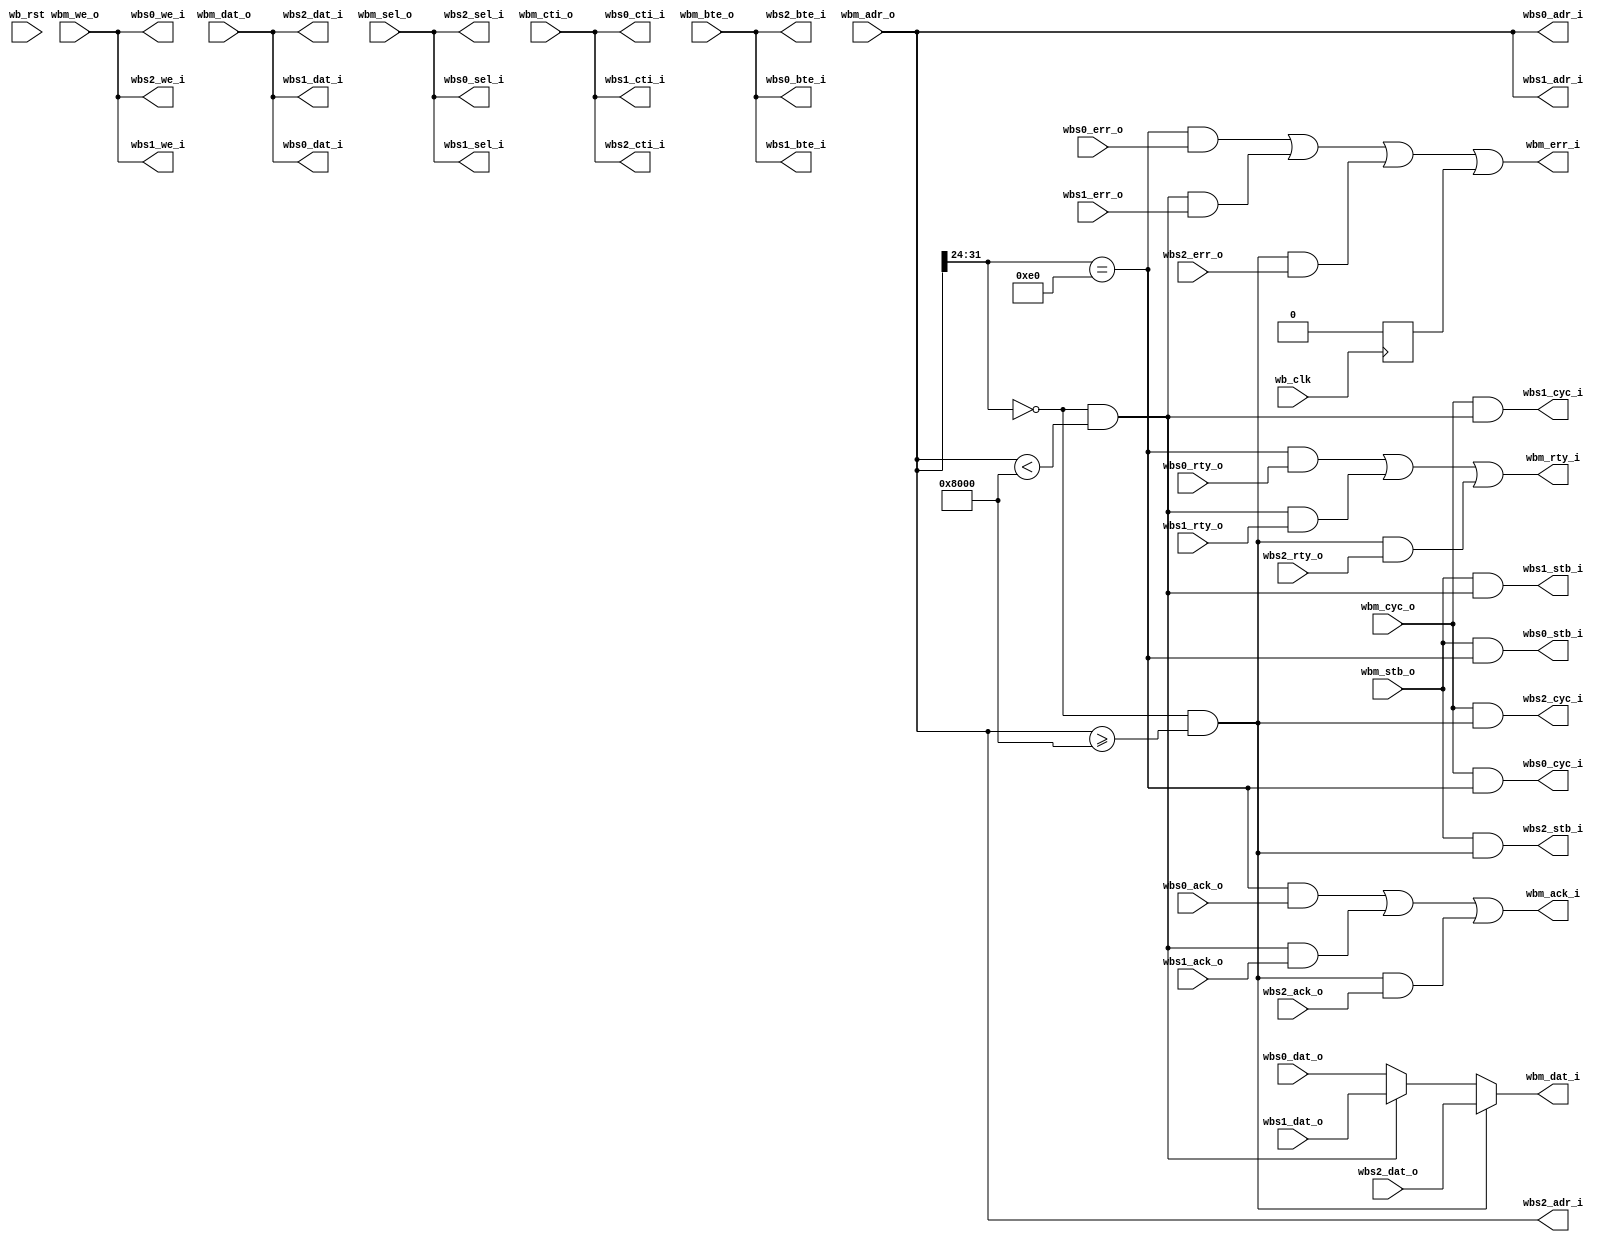
module arbiter_ibus
  (
   // instruction bus in
   // Wishbone Master interface
   wbm_adr_o,
   wbm_dat_o,
   wbm_sel_o,
   wbm_we_o,
   wbm_cyc_o,
   wbm_stb_o,
   wbm_cti_o,
   wbm_bte_o,
  
   wbm_dat_i,
   wbm_ack_i,
   wbm_err_i,
   wbm_rty_i,


   // Slave one
   // Wishbone Slave interface
   wbs0_adr_i,
   wbs0_dat_i,
   wbs0_sel_i,
   wbs0_we_i,
   wbs0_cyc_i,
   wbs0_stb_i,
   wbs0_cti_i,
   wbs0_bte_i,
  
   wbs0_dat_o,
   wbs0_ack_o,
   wbs0_err_o,
   wbs0_rty_o,

   // Slave two
   // Wishbone Slave interface
   wbs1_adr_i,
   wbs1_dat_i,
   wbs1_sel_i,
   wbs1_we_i,
   wbs1_cyc_i,
   wbs1_stb_i,
   wbs1_cti_i,
   wbs1_bte_i,
  
   wbs1_dat_o,
   wbs1_ack_o,
   wbs1_err_o,
   wbs1_rty_o,


   // Slave three
   // Wishbone Slave interface
   wbs2_adr_i,
   wbs2_dat_i,
   wbs2_sel_i,
   wbs2_we_i,
   wbs2_cyc_i,
   wbs2_stb_i,
   wbs2_cti_i,
   wbs2_bte_i,
  
   wbs2_dat_o,
   wbs2_ack_o,
   wbs2_err_o,
   wbs2_rty_o,
   
   
   wb_clk,
   wb_rst
   );


   parameter wb_dat_width = 32;
   parameter wb_adr_width = 32;

   parameter wb_addr_match_width = 8;

   parameter slave0_adr = 8'he0; // FLASH ROM
   parameter slave1_adr = 8'h00; // Main memory (SDRAM/FPGA SRAM)
   parameter slave2_adr = 8'hf0; // External flash

   // Hack to allow address 0 to extend from an SRAM to a larger slower
   // memory
   parameter internal_sram_mem_span = 32'h0000_8000;

`define WB_ARB_ADDR_MATCH_SEL wb_adr_width-1:wb_adr_width-wb_addr_match_width
   
   input wb_clk;
   input wb_rst;

   
   // WB Master
   input [wb_adr_width-1:0] wbm_adr_o;
   input [wb_dat_width-1:0] wbm_dat_o;
   input [3:0] 		    wbm_sel_o;   
   input 		    wbm_we_o;
   input 		    wbm_cyc_o;
   input 		    wbm_stb_o;
   input [2:0] 		    wbm_cti_o;
   input [1:0] 		    wbm_bte_o;
   output [wb_dat_width-1:0] wbm_dat_i;   
   output 		     wbm_ack_i;
   output 		     wbm_err_i;
   output 		     wbm_rty_i;   

   // WB Slave 0
   output [wb_adr_width-1:0] wbs0_adr_i;
   output [wb_dat_width-1:0] wbs0_dat_i;
   output [3:0] 	     wbs0_sel_i;
   output 		     wbs0_we_i;
   output 		     wbs0_cyc_i;
   output 		     wbs0_stb_i;
   output [2:0] 	     wbs0_cti_i;
   output [1:0] 	     wbs0_bte_i;
   input [wb_dat_width-1:0]  wbs0_dat_o;   
   input 		     wbs0_ack_o;
   input 		     wbs0_err_o;
   input 		     wbs0_rty_o;   

   // WB Slave 1
   output [wb_adr_width-1:0] wbs1_adr_i;
   output [wb_dat_width-1:0] wbs1_dat_i;
   output [3:0] 	     wbs1_sel_i;
   output 		     wbs1_we_i;
   output 		     wbs1_cyc_i;
   output 		     wbs1_stb_i;
   output [2:0] 	     wbs1_cti_i;
   output [1:0] 	     wbs1_bte_i;
   input [wb_dat_width-1:0]  wbs1_dat_o;   
   input 		     wbs1_ack_o;
   input 		     wbs1_err_o;
   input 		     wbs1_rty_o;   


   // WB Slave 2
   output [wb_adr_width-1:0] wbs2_adr_i;
   output [wb_dat_width-1:0] wbs2_dat_i;
   output [3:0] 	     wbs2_sel_i;
   output 		     wbs2_we_i;
   output 		     wbs2_cyc_i;
   output 		     wbs2_stb_i;
   output [2:0] 	     wbs2_cti_i;
   output [1:0] 	     wbs2_bte_i;
   input [wb_dat_width-1:0]  wbs2_dat_o;   
   input 		     wbs2_ack_o;
   input 		     wbs2_err_o;
   input 		     wbs2_rty_o;   

   
   wire [2:0] 		     slave_sel; // One bit per slave

   reg 			     watchdog_err;
   
`ifdef ARBITER_IBUS_WATCHDOG
   reg [`ARBITER_IBUS_WATCHDOG_TIMER_WIDTH:0]  watchdog_timer;
   reg 			     wbm_stb_r; // Register strobe
   wire 		     wbm_stb_edge; // Detect its edge
   reg 			     wbm_stb_edge_r, wbm_ack_i_r; // Reg these, better timing

   always @(posedge wb_clk)
     wbm_stb_r <= wbm_stb_o;

   assign wbm_stb_edge = (wbm_stb_o & !wbm_stb_r);

   always @(posedge wb_clk)
     wbm_stb_edge_r <= wbm_stb_edge;
   
   always @(posedge wb_clk)
     wbm_ack_i_r <= wbm_ack_i;
   
   
   // Counter logic
   always @(posedge wb_clk)
     if (wb_rst) watchdog_timer <= 0;
     else if (wbm_ack_i_r) // When we see an ack, turn off timer
       watchdog_timer <= 0;
     else if (wbm_stb_edge_r) // New access means start timer again
       watchdog_timer <= 1;
     else if (|watchdog_timer) // Continue counting if counter > 0
       watchdog_timer <= watchdog_timer + 1;

   always @(posedge wb_clk) 
     watchdog_err <= (&watchdog_timer);
   
`else // !`ifdef ARBITER_IBUS_WATCHDOG
   
   always @(posedge wb_clk) 
     watchdog_err <= 0;

`endif // !`ifdef ARBITER_IBUS_WATCHDOG
   
   

`ifdef ARBITER_IBUS_REGISTERING
   
   // Master input registers
   reg [wb_adr_width-1:0]    wbm_adr_o_r;
   reg [wb_dat_width-1:0]    wbm_dat_o_r;
   reg [3:0] 		     wbm_sel_o_r;   
   reg 			     wbm_we_o_r;
   reg 			     wbm_cyc_o_r;
   reg 			     wbm_stb_o_r;
   reg [2:0] 		     wbm_cti_o_r;
   reg [1:0] 		     wbm_bte_o_r;
   // Slave output registers
   reg [wb_dat_width-1:0]    wbs0_dat_o_r;   
   reg 			     wbs0_ack_o_r;
   reg 			     wbs0_err_o_r;
   reg 			     wbs0_rty_o_r;
   reg [wb_dat_width-1:0]    wbs1_dat_o_r;   
   reg 			     wbs1_ack_o_r;
   reg 			     wbs1_err_o_r;
   reg 			     wbs1_rty_o_r;
   reg [wb_dat_width-1:0]    wbs2_dat_o_r;   
   reg 			     wbs2_ack_o_r;
   reg 			     wbs2_err_o_r;
   reg 			     wbs2_rty_o_r;

   wire 		     wbm_ack_i_pre_reg;

   
   
   // Register master input signals
   always @(posedge wb_clk)
     begin
	wbm_adr_o_r <= wbm_adr_o;
	wbm_dat_o_r <= wbm_dat_o;
	wbm_sel_o_r <= wbm_sel_o;
	wbm_we_o_r <= wbm_we_o;
	wbm_cyc_o_r <= wbm_cyc_o;
	wbm_stb_o_r <= wbm_stb_o & !wbm_ack_i_pre_reg & !wbm_ack_i;//classic
	wbm_cti_o_r <= wbm_cti_o;
	wbm_bte_o_r <= wbm_bte_o;

	// Slave signals
	wbs0_dat_o_r <= wbs0_dat_o;
	wbs0_ack_o_r <= wbs0_ack_o;
	wbs0_err_o_r <= wbs0_err_o;
	wbs0_rty_o_r <= wbs0_rty_o;
	wbs1_dat_o_r <= wbs1_dat_o;
	wbs1_ack_o_r <= wbs1_ack_o;
	wbs1_err_o_r <= wbs1_err_o;
	wbs1_rty_o_r <= wbs1_rty_o;   
	wbs2_dat_o_r <= wbs2_dat_o;
	wbs2_ack_o_r <= wbs2_ack_o;
	wbs2_err_o_r <= wbs2_err_o;
	wbs2_rty_o_r <= wbs2_rty_o;   
	
     end // always @ (posedge wb_clk)

   // Slave select
   assign slave_sel[0] = wbm_adr_o_r[`WB_ARB_ADDR_MATCH_SEL] ==
			 slave0_adr;

   assign slave_sel[1] = wbm_adr_o_r[`WB_ARB_ADDR_MATCH_SEL] ==
			 slave1_adr && (wbm_adr_o_r<internal_sram_mem_span);

   assign slave_sel[2] = wbm_adr_o_r[`WB_ARB_ADDR_MATCH_SEL] ==
			 slave1_adr && (wbm_adr_o_r>=internal_sram_mem_span);

   // Slave out assigns
   assign wbs0_adr_i = wbm_adr_o_r;
   assign wbs0_dat_i = wbm_dat_o_r;
   assign wbs0_we_i = wbm_dat_o_r;
   assign wbs0_sel_i = wbm_sel_o_r;
   assign wbs0_cti_i = wbm_cti_o_r;
   assign wbs0_bte_i = wbm_bte_o_r;
   assign wbs0_cyc_i = wbm_cyc_o_r & slave_sel[0];
   assign wbs0_stb_i = wbm_stb_o_r & slave_sel[0];

   assign wbs1_adr_i = wbm_adr_o_r;
   assign wbs1_dat_i = wbm_dat_o_r;
   assign wbs1_we_i = wbm_dat_o_r;
   assign wbs1_sel_i = wbm_sel_o_r;
   assign wbs1_cti_i = wbm_cti_o_r;
   assign wbs1_bte_i = wbm_bte_o_r;
   assign wbs1_cyc_i = wbm_cyc_o_r & slave_sel[1];
   assign wbs1_stb_i = wbm_stb_o_r & slave_sel[1];

   assign wbs2_adr_i = wbm_adr_o_r;
   assign wbs2_dat_i = wbm_dat_o_r;
   assign wbs2_we_i = wbm_dat_o_r;
   assign wbs2_sel_i = wbm_sel_o_r;
   assign wbs2_cti_i = wbm_cti_o_r;
   assign wbs2_bte_i = wbm_bte_o_r;
   assign wbs2_cyc_i = wbm_cyc_o_r & slave_sel[1];
   assign wbs2_stb_i = wbm_stb_o_r & slave_sel[1];

   
   // Master out assigns
   // Don't care about none selected...
   assign wbm_dat_i = slave_sel[2] ? wbs2_dat_o_r :
		      slave_sel[1] ? wbs1_dat_o_r :
		      wbs0_dat_o_r ;
   
   assign wbm_ack_i = (slave_sel[0] & wbs0_ack_o_r) |
		      (slave_sel[1] & wbs1_ack_o_r) |
		      (slave_sel[2] & wbs2_ack_o_r);
   
   assign wbm_err_i = (slave_sel[0] & wbs0_err_o_r) |
		      (slave_sel[1] & wbs1_err_o_r) |
		      (slave_sel[2] & wbs2_err_o_r) |
		      watchdog_err;
   
   assign wbm_rty_i = (slave_sel[0] & wbs0_rty_o_r) |
		      (slave_sel[1] & wbs1_rty_o_r) |
		      (slave_sel[2] & wbs2_rty_o_r);

   // Non-registered ack
   assign wbm_ack_i_pre_reg = (slave_sel[0] & wbs0_ack_o) |
			      (slave_sel[1] & wbs1_ack_o) |
			      (slave_sel[2] & wbs2_ack_o);
   
`else // !`ifdef ARBITER_IBUS_REGISTERING

   // Slave select
   assign slave_sel[0] = wbm_adr_o[`WB_ARB_ADDR_MATCH_SEL] ==
			 slave0_adr;

   assign slave_sel[1] = wbm_adr_o[`WB_ARB_ADDR_MATCH_SEL] ==
			 slave1_adr && (wbm_adr_o<internal_sram_mem_span);

   assign slave_sel[2] = wbm_adr_o[`WB_ARB_ADDR_MATCH_SEL] ==
			 slave1_adr && (wbm_adr_o>=internal_sram_mem_span);
   
   // Slave out assigns
   assign wbs0_adr_i = wbm_adr_o;
   assign wbs0_dat_i = wbm_dat_o;
   assign wbs0_we_i  = wbm_we_o;
   assign wbs0_sel_i = wbm_sel_o;
   assign wbs0_cti_i = wbm_cti_o;
   assign wbs0_bte_i = wbm_bte_o;
   assign wbs0_cyc_i = wbm_cyc_o & slave_sel[0];
   assign wbs0_stb_i = wbm_stb_o & slave_sel[0];

   assign wbs1_adr_i = wbm_adr_o;
   assign wbs1_dat_i = wbm_dat_o;
   assign wbs1_we_i  = wbm_we_o;
   assign wbs1_sel_i = wbm_sel_o;
   assign wbs1_cti_i = wbm_cti_o;
   assign wbs1_bte_i = wbm_bte_o;
   assign wbs1_cyc_i = wbm_cyc_o & slave_sel[1];
   assign wbs1_stb_i = wbm_stb_o & slave_sel[1];

   assign wbs2_adr_i = wbm_adr_o;
   assign wbs2_dat_i = wbm_dat_o;
   assign wbs2_we_i  = wbm_we_o;
   assign wbs2_sel_i = wbm_sel_o;
   assign wbs2_cti_i = wbm_cti_o;
   assign wbs2_bte_i = wbm_bte_o;
   assign wbs2_cyc_i = wbm_cyc_o & slave_sel[2];
   assign wbs2_stb_i = wbm_stb_o & slave_sel[2];

   // Master out assigns
   // Don't care about none selected...
   assign wbm_dat_i = slave_sel[2] ? wbs2_dat_o :
		      slave_sel[1] ? wbs1_dat_o :
		      wbs0_dat_o ;
   
   assign wbm_ack_i = (slave_sel[0] & wbs0_ack_o) |
		      (slave_sel[1] & wbs1_ack_o) |
		      (slave_sel[2] & wbs2_ack_o);
   
   
   assign wbm_err_i = (slave_sel[0] & wbs0_err_o) |
		      (slave_sel[1] & wbs1_err_o) |
		      (slave_sel[2] & wbs2_err_o) |
		      watchdog_err;
   
   assign wbm_rty_i = (slave_sel[0] & wbs0_rty_o) |
		      (slave_sel[1] & wbs1_rty_o) |
		      (slave_sel[2] & wbs2_rty_o);
   

`endif
endmodule